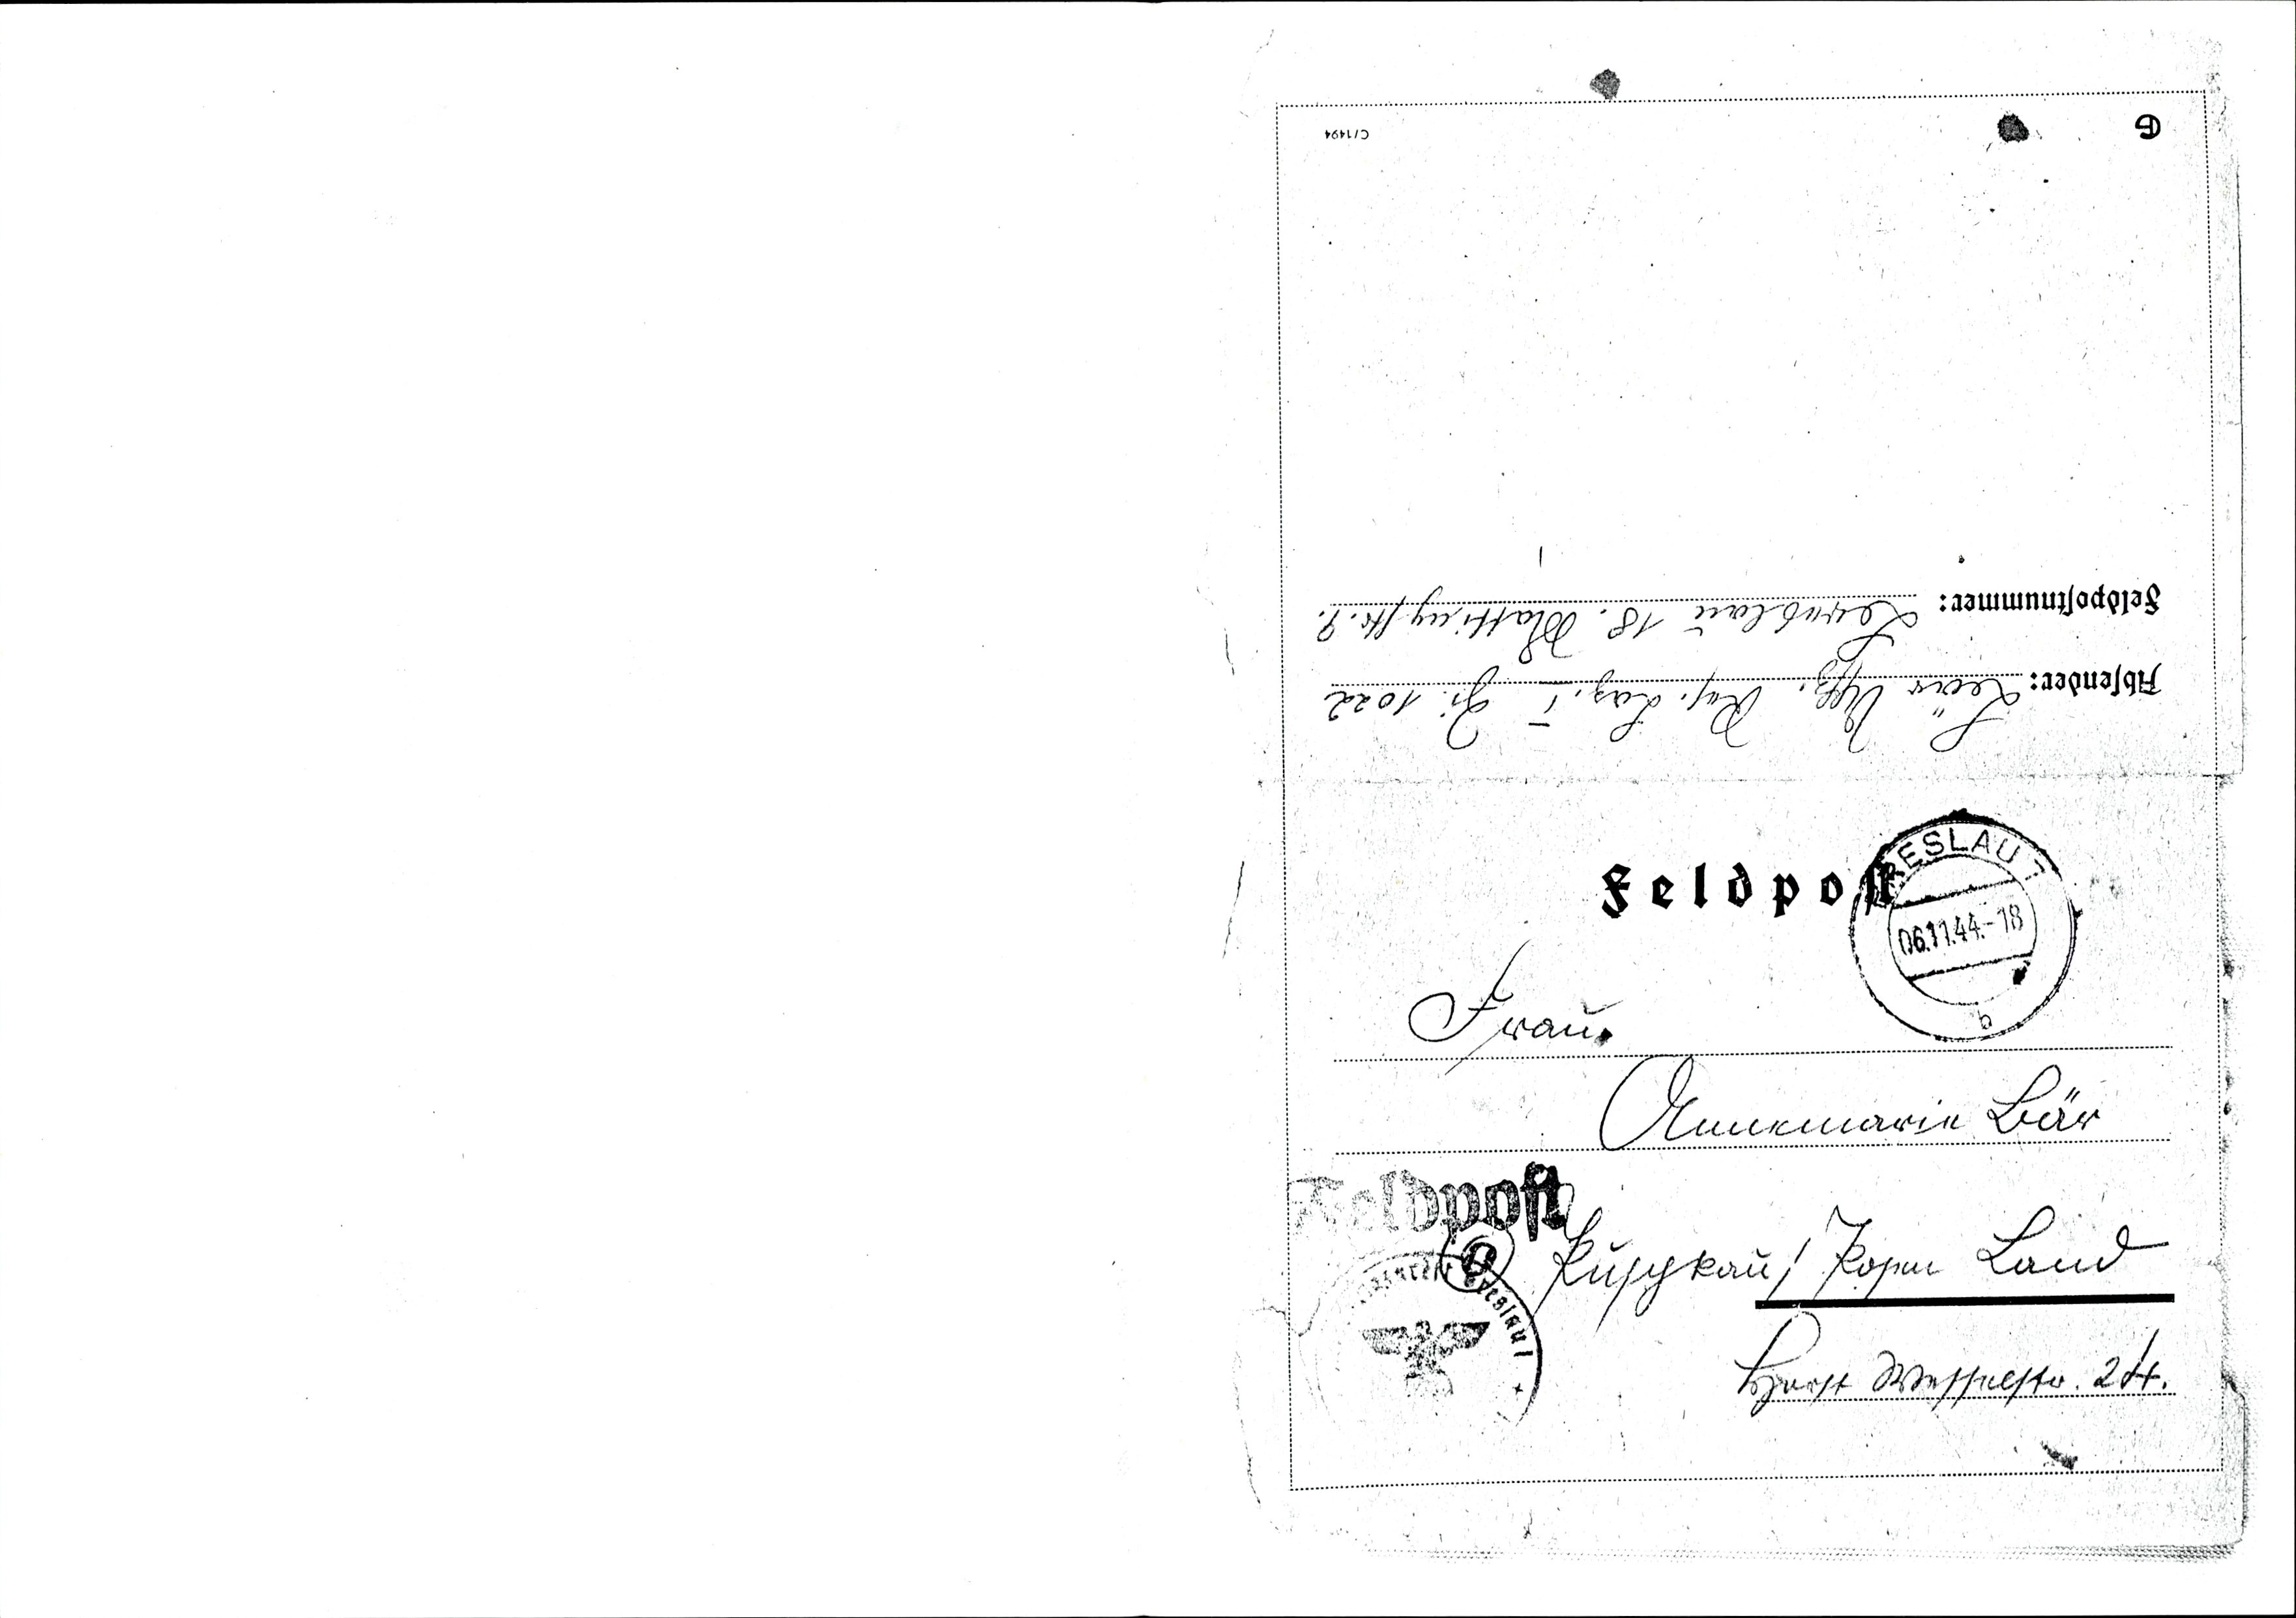
Bär Uffz. Res. Laz. I Zi: 1022
Breslau 18. Mattingstr. 9
Frau
Annemarie Bär
Puschkau / Posen Land
Horst Wesselstr. 204